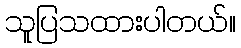
သူပြသထားပါတယ်။